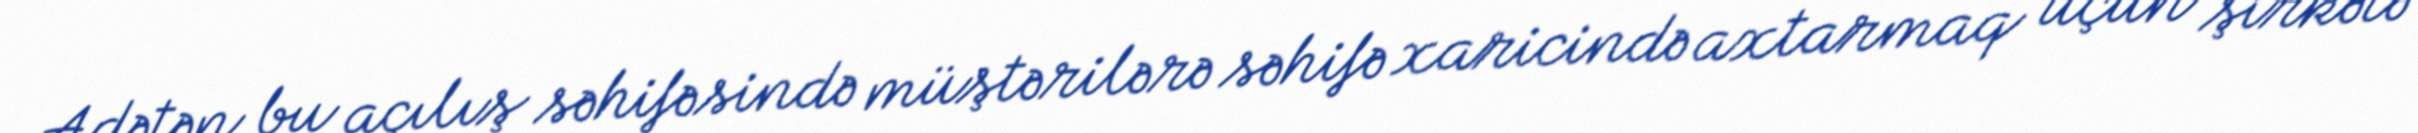
Adətən bu açılış səhifəsində müştərilərə səhifə xaricində axtarmaq üçün şirkətə